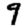
Digit: 9